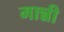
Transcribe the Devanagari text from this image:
मान्नी